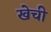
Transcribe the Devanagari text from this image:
खेची